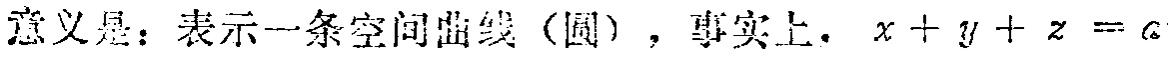
意义是：表示一条空间曲线（圆），事实上，\(x + y + z = a\)